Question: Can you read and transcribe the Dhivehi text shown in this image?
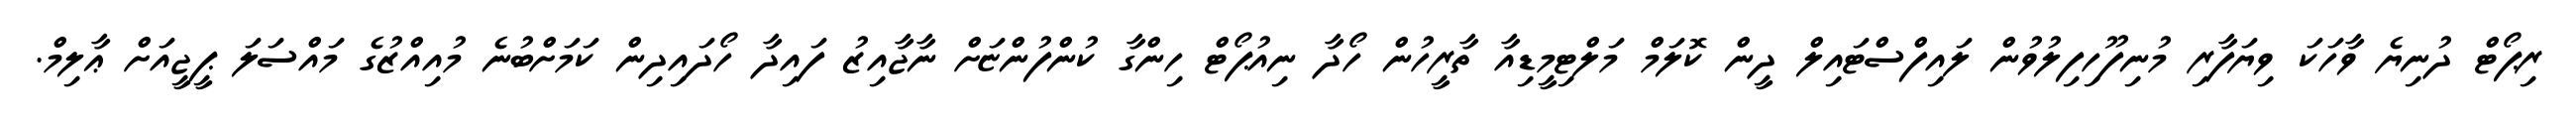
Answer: ރިޕޯޓް ދުނިޔެ ވާހަކަ ވިޔަފާރި މުނިފޫހިފިލުވުން ލައިފްސްޓައިލް ދީން ކޮލަމް މަލްޓިމީޑިއާ ތާރީހުން ހޯދާ ނިއުޕޯޓް ހިންގާ ކުންފުންޏަށް ނާޖާއިޒު ފައިދާ ހޯދައިދިން ކަމަށްބުނެ މުއިއްޒުގެ މައްސަލަ ޕީޖީއަށް ޢާލިމް.